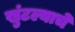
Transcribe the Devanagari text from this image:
खुंटल्याचे